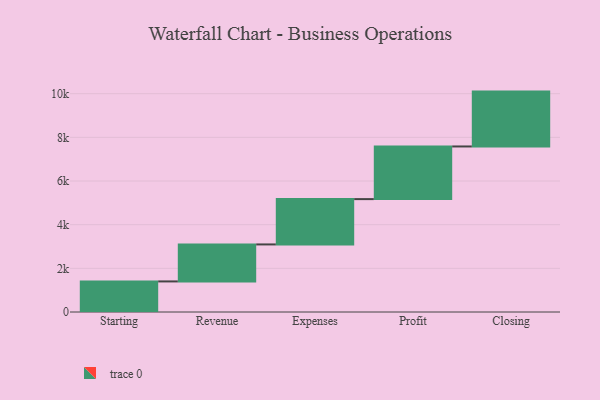
{"axis": {"x": "Step", "y": "Value"}, "legend": [""], "data": [{"x": "Starting", "y": 1401.0, "type": ""}, {"x": "Revenue", "y": 1694.0, "type": ""}, {"x": "Expenses", "y": 2076.0, "type": ""}, {"x": "Profit", "y": 2412.0, "type": ""}, {"x": "Closing", "y": 2513.0, "type": ""}]}